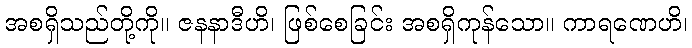
အစရှိသည်တို့ကို။ ဇနနာဒီဟိ၊ ဖြစ်စေခြင်း အစရှိကုန်သော။ ကာရဏေဟိ၊